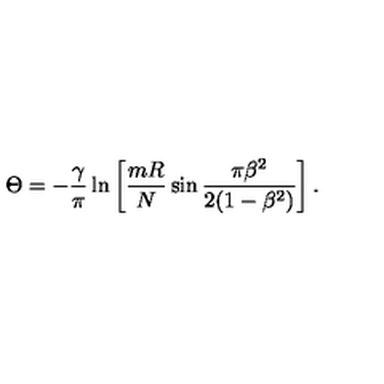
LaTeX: \Theta = - \frac { \gamma } { \pi } \ln \left[ \frac { m R } { N } \sin \frac { \pi \beta ^ { 2 } } { 2 ( 1 - \beta ^ { 2 } ) } \right] .